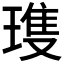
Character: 𪼌